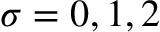
\sigma = 0 , 1 , 2